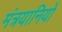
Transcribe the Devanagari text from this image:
मंत्रयानियों